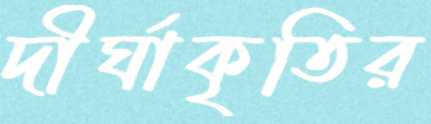
দীর্ঘাকৃতির